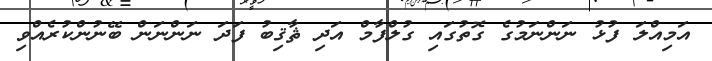
އަމިއްލަ ފުޅު ނަންނަމުގެ ގޮތުގައި ގުލްފާމް އަދި ޘާޤިބު ފަދަ ނަންނަން ބޭނުންކުރެއްވި